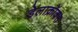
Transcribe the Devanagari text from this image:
डेलाक्रॉक्स